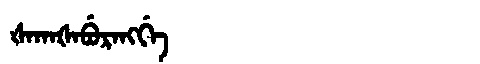
Manchu: ᡧᠠᡴᠠᡧᠠᠪᡠᡵᠠᠩᡤᡝ
Romanization: ŠAKAŠABURANGGE